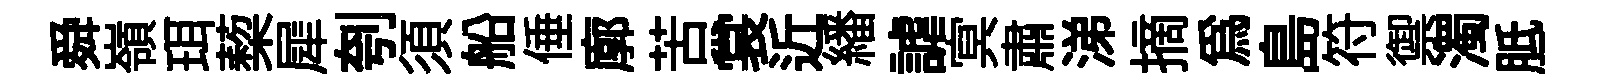
舜嶺珥蔾犀刳須船倕廓苦裳近繙謔㝠肅涕摘爲島符禦濁胝